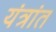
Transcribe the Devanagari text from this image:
यंत्रांत